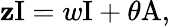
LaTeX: \mathbf{z}\mathrm{{I}}=w\mathrm{{I}}+\theta\mathrm{{A,}}